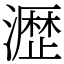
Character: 𤁋